Plague in India, 1896, 1897 - Volume 3
Year: 1896
Disease focus: Plague
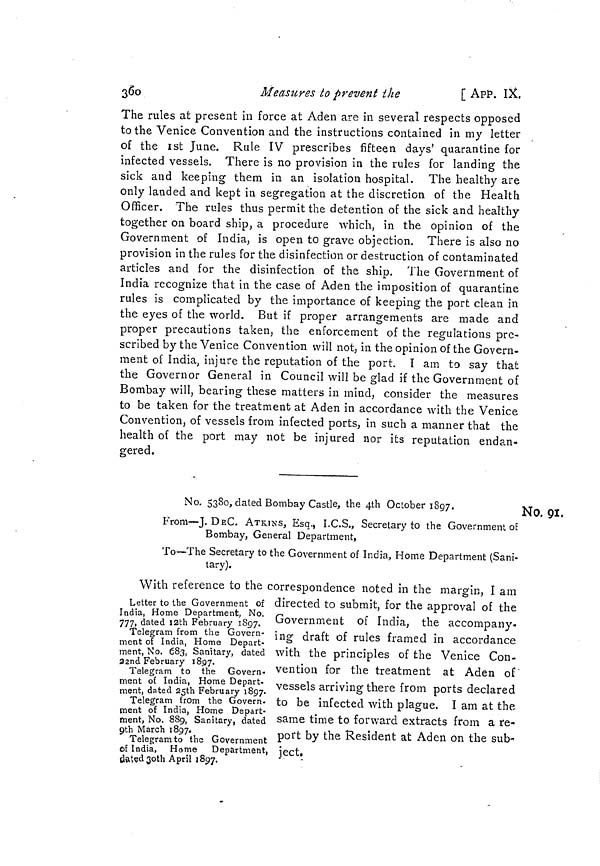
360
Measures to prevent the
[ App. IX,
The rules at present in force at Aden are in several respects opposed
to the Venice Convention and the instructions contained in my letter
of the 1st June. Rule IV prescribes fifteen days' quarantine for
infected vessels. There is no provision in the rules for landing the
sick and keeping them in an isolation hospital. The healthy are
only landed and kept in segregation at the discretion of the Health
Officer. The rules thus permit the detention of the sick and healthy
together on board ship, a procedure which, in the opinion of the
Government of India, is open to grave objection. There is also no
provision in the rules for the disinfection or destruction of contaminated
articles and for the disinfection of the ship. The Government of
India recognize that in the case of Aden the imposition of quarantine
rules is complicated by the importance of keeping the port clean in
the eyes of the world. But if proper arrangements are made and
proper precautions taken, the enforcement of the regulations pre-
scribed by the Venice Convention will not, in the opinion of the Govern-
ment of India, injure the reputation of the port. I am to say that
the Governor General in Council will be glad if the Government of
Bombay will, bearing these matters in mind, consider the measures
to be taken for the treatment at Aden in accordance with the Venice
Convention, of vessels from infected ports, in such a manner that the
health of the port may not be injured nor its reputation endan-
gered.
No. 91,
No. 5380, dated Bombay Castle, the 4th October 1897.
From—J. DEC. ATKINS, Esq., I.C.S., Secretary to the Government of
Bombay, General Department,
To—The Secretary to the Government of India, Home Department (Sani-
tary).
Letter to the Government of
India, Home Department, No.
777, dated I2th February 1897,
Telegram from the Govern-
ment of India, Home Depart-
ment, No. 683, Sanitary, dated
22and February 1897.
Telegram to the Govern-
ment of India, Home Depart-
ment, dated 25th February 1897.
Telegram from the Govern-
ment of India, Home Depart-
ment, No. 889, Sanitary, dated
9th March 1897,
Telegram to the Government
of India, Home Department,
dated ¿joth April 1897.
With reference to the correspondence noted in the margin, I am
directed to submit, for the approval of the
Government of India, the accompany-
ing draft of rules framed in accordance
with the principles of the Venice Con-
vention for the treatment at Aden of
vessels arriving there from ports declared
to be infected with plague. I am at the
same time to forward extracts from a re-
port by the Resident at Aden on the sub"
ject,